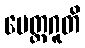
မေတ္တဂူတိ